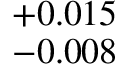
^ { + 0 . 0 1 5 } _ { - 0 . 0 0 8 }